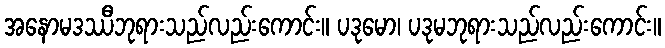
အနောမဒဿီဘုရားသည်လည်းကောင်း။ ပဒုမော၊ ပဒုမဘုရားသည်လည်းကောင်း။